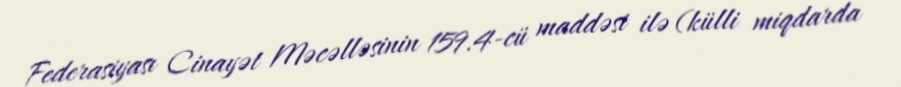
Federasiyası Cinayət Məcəlləsinin 159.4-cü maddəsi ilə (külli miqdarda